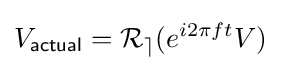
V_{\mathsf {actual}}={\mathcal {R_{e}}}(e^{i2\pi ft}V)~